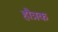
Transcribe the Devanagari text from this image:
हौत्रक